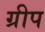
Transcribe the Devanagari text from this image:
ग्रीप